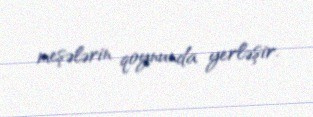
meşələrin qoynunda yerləşir.